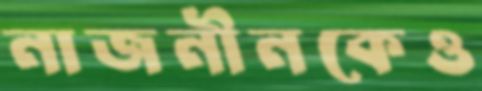
নাজনীনকেও